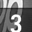
Digit: 3